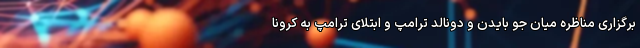
برگزاری مناظره میان جو بایدن و دونالد ترامپ و ابتلای ترامپ به کرونا